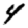
Digit: 4